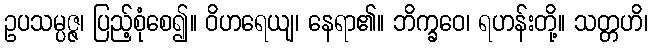
ဥပသမ္ပဇ္ဇ၊ ပြည့်စုံစေ၍။ ဝိဟရေယျ၊ နေရာ၏။ ဘိက္ခဝေ၊ ရဟန်းတို့။ သတ္တဟိ၊